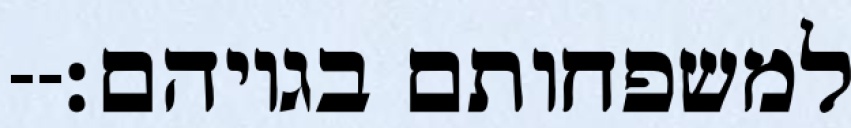
למשפחותם בגויהם׃--